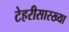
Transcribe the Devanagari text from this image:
टेहरीसारख्या